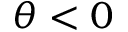
\theta < 0